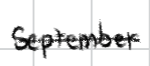
Text: September
Cross-out: single-line
Writing tool: digital_black